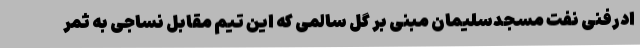
ادرفنی نفت مسجدسلیمان مبنی بر گل سالمی که این تیم مقابل نساجی به ثمر